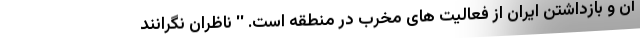
آن و بازداشتن ایران از فعالیت های مخرب در منطقه است. '' ناظران نگرانند